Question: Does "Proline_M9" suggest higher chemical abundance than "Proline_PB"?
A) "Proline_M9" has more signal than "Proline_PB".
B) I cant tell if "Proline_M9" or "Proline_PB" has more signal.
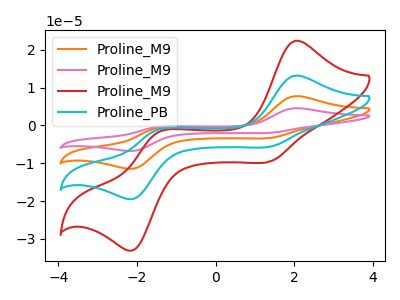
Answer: <think>The orange curve "Proline_M9" has anodic peaks at (2.05V, 26.40uA) (-1.50V, -2.25uA) and cathodic peaks at (1.40V, -11.15uA) (-2.10V, -38.75uA). The pink curve "Proline_M9" has anodic peaks at (2.05V, 39.60uA) (-1.50V, -3.35uA) and cathodic peaks at (1.40V, -16.70uA) (-2.10V, -58.10uA). The red curve "Proline_M9" has anodic peaks at (2.05V, 22.45uA) (-1.50V, -1.90uA) and cathodic peaks at (1.40V, -9.45uA) (-2.10V, -32.90uA). The cyan curve "Proline_PB" has anodic peaks at (2.05V, 13.20uA) (-1.50V, -1.10uA) and cathodic peaks at (1.40V, -5.55uA) (-2.10V, -19.35uA).
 All the peaks in "Proline_M9" have a peak in "Proline_PB" at the same potential.</think>
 <answer>B) I cant tell if "Proline_M9" or "Proline_PB" has more signal.</answer>
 <eval>B</eval>